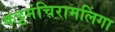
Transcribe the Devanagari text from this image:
कट्टमंचिरामलिंगा